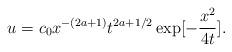
LaTeX: \begin{align*} u=c_0 x^{-(2a+1)}t^{2a+1/2}\exp[-\frac{x^2}{4t}]. \end{align*}